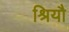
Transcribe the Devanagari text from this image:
श्रियौ